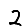
Digit: 2